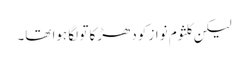
لیکن کلثوم نواز کو دھڑکا تو لگا ہوا تھا۔